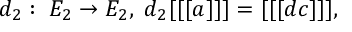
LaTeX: d _ { 2 } : \; E _ { 2 } \rightarrow E _ { 2 } , \; d _ { 2 } [ [ [ a ] ] ] = [ [ [ d c ] ] ] ,